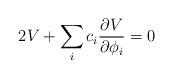
LaTeX: \begin{align*}2V + \sum_{i} c_i {{\partial V} \over {\partial \phi_i}} = 0\end{align*}